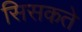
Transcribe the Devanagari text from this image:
सिसकते